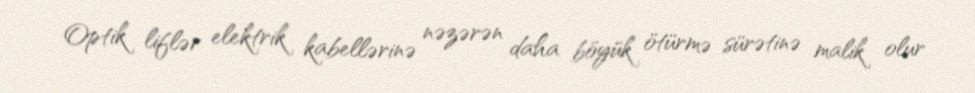
Optik liflər elektrik kabellərinə nəzərən daha böyük ötürmə sürətinə malik olur